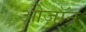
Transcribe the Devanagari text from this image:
ओज़ॉन